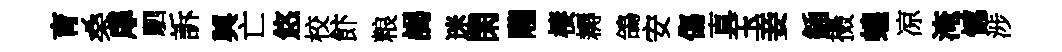
育桑扉駟訴興亡悠校飰粮謁迷閑隴棲耨鴿安傷真玉妾鍤摄蝗凉淹憾涉